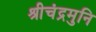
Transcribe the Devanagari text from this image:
श्रीचंद्रमुनि